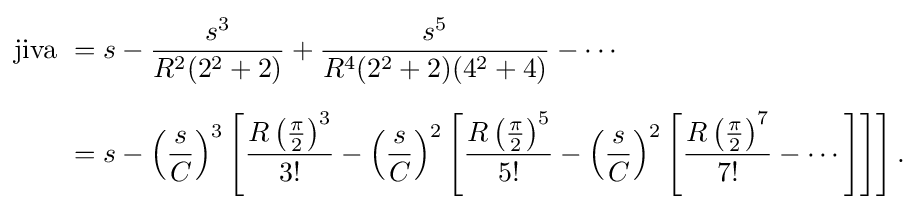
{\begin{aligned}{\text{jiva }}&=s-{\frac {s^{3}}{R^{2}(2^{2}+2)}}+{\frac {s^{5}}{R^{4}(2^{2}+2)(4^{2}+4)}}-\cdots \\[6pt]&=s-\left({\frac {s}{C}}\right)^{3}\left[{\frac {R\left({\frac {\pi }{2}}\right)^{3}}{3!}}-\left({\frac {s}{C}}\right)^{2}\left[{\frac {R\left({\frac {\pi }{2}}\right)^{5}}{5!}}-\left({\frac {s}{C}}\right)^{2}\left[{\frac {R\left({\frac {\pi }{2}}\right)^{7}}{7!}}-\cdots \right]\right]\right].\end{aligned}}